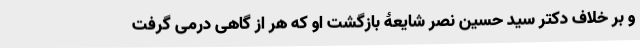
و بر خلاف دکتر سید حسین نصر شایعۀ بازگشت او که هر از گاهی درمی گرفت